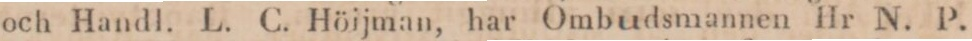
och Handl. L. C. Höijman, har Ombudsmannen Hr N. P.